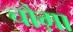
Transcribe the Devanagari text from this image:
चौग़ा